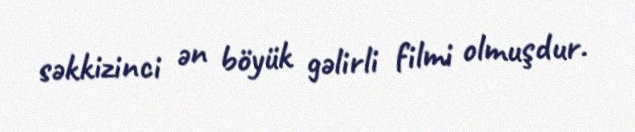
səkkizinci ən böyük gəlirli filmi olmuşdur.